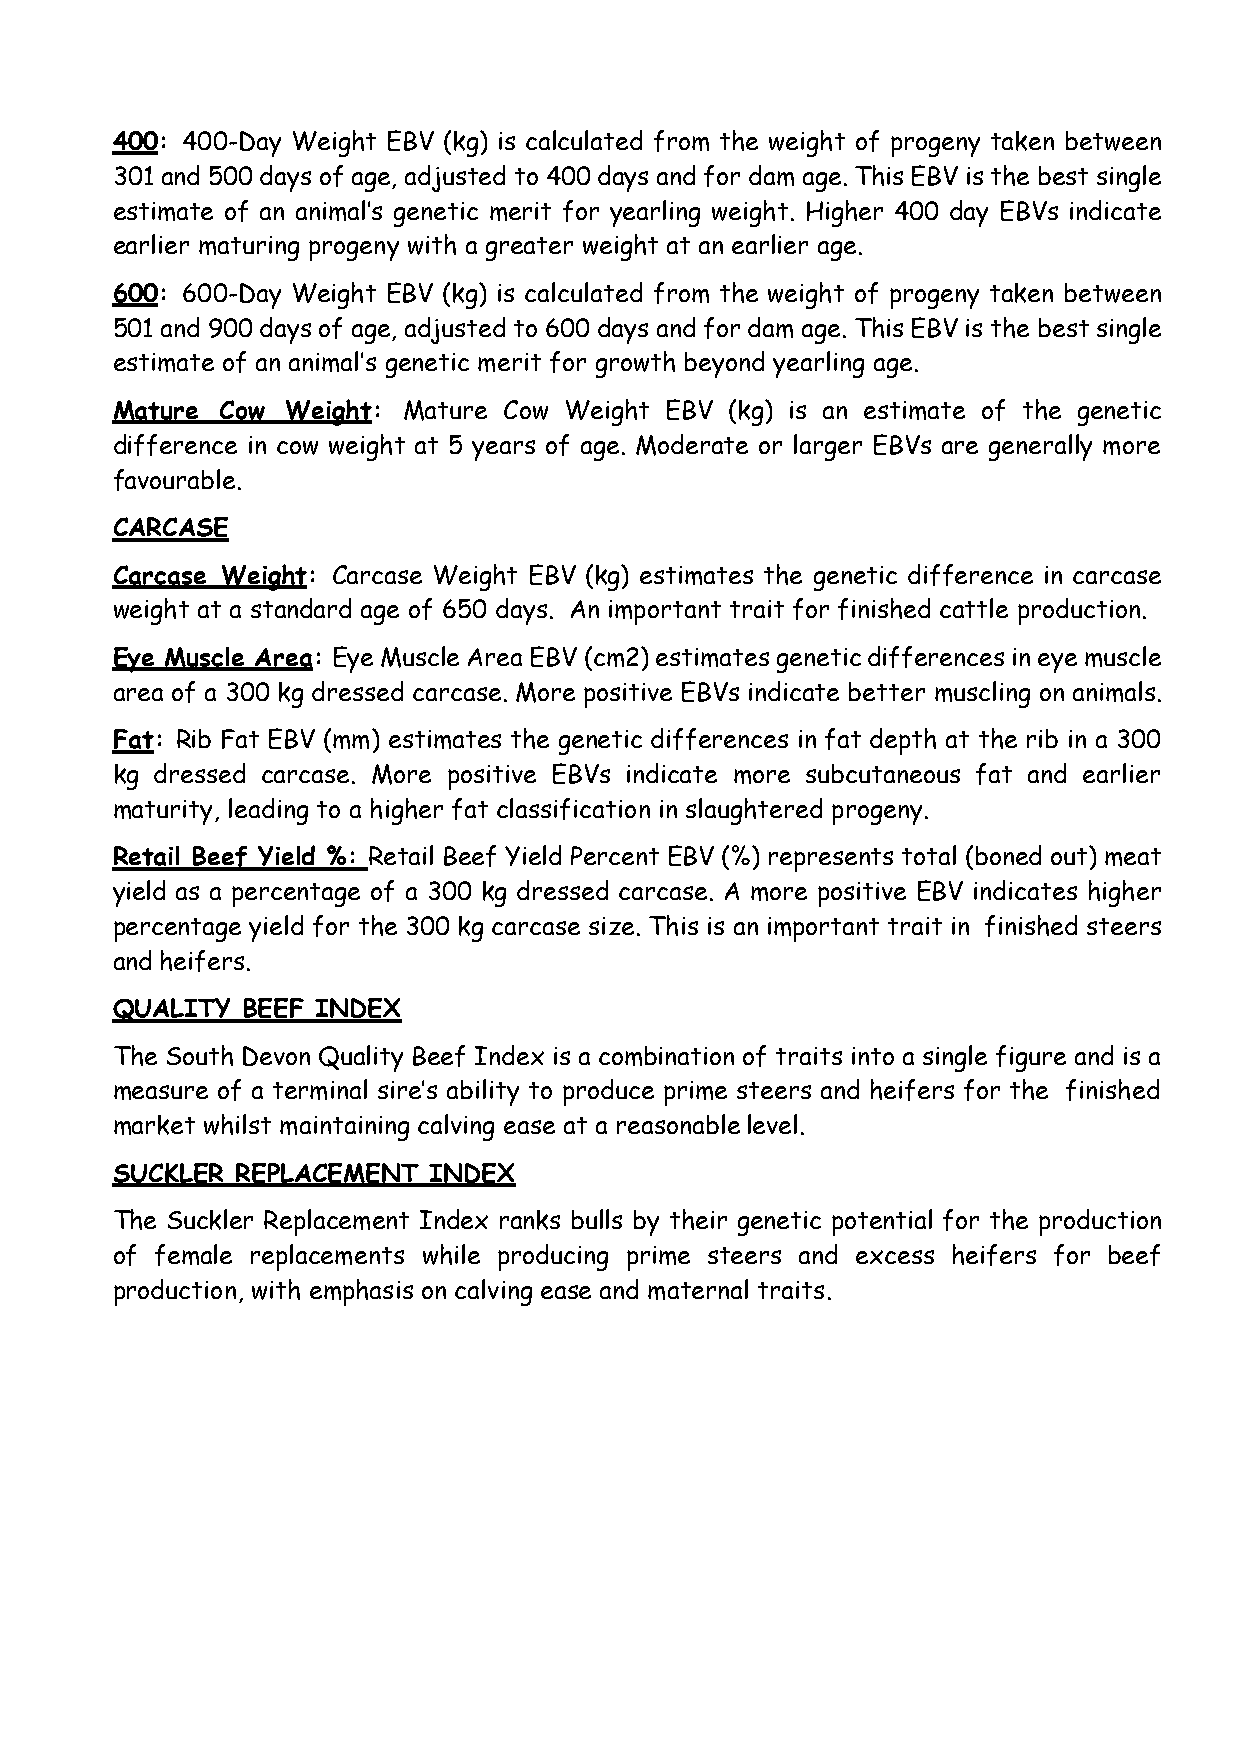
400: 400-Day Weight EBV (kg) is calculated from the weight of progeny taken between
 301 and 500 days of age, adjusted to 400 days and for dam age. This EBV is the best single
 estimate of an animal’s genetic merit for yearling weight. Higher 400 day EBVs indicate
 earlier maturing progeny with a greater weight at an earlier age.
 600: 600-Day Weight EBV (kg) is calculated from the weight of progeny taken between
 501 and 900 days of age, adjusted to 600 days and for dam age. This EBV is the best single
 estimate of an animal’s genetic merit for growth beyond yearling age.
 Mature  Cow Weight: Mature Cow Weight EBV (kg) is an estimate of the genetic
 difference in cow weight at 5 years of age. Moderate or larger EBVs are generally more
 favourable.
 CARCASE
 Carcase Weight: Carcase Weight EBV (kg) estimates the genetic difference in carcase
 weight at a standard age of 650 days. An important trait for finished cattle production.
 Eye Muscle Area: Eye Muscle Area EBV (cm2) estimates genetic differences in eye muscle
 area of a 300 kg dressed carcase. More positive EBVs indicate better muscling on animals.
 Fat: Rib Fat EBV (mm) estimates the genetic differences in fat depth at the rib in a 300
 kg dressed carcase. More positive EBVs indicate more subcutaneous fat and earlier
 maturity, leading to a higher fat classification in slaughtered progeny.
 Retail Beef Yield %: Retail Beef Yield Percent EBV (%) represents total (boned out) meat
 yield as a percentage of a 300 kg dressed carcase. A more positive EBV indicates higher
 percentage yield for the 300 kg carcase size. This is an important trait in finished steers
 and heifers.
 QUALITY  BEEF INDEX
 The South Devon Quality Beef Index is a combination of traits into a single figure and is a
 measure of a terminal sire’s ability to produce prime steers and heifers for the finished
 market whilst maintaining calving ease at a reasonable level.
 SUCKLER  REPLACEMENT INDEX
 The Suckler Replacement Index ranks bulls by their genetic potential for the production
 of female replacements while producing prime steers and excess heifers for beef
 production, with emphasis on calving ease and maternal traits.